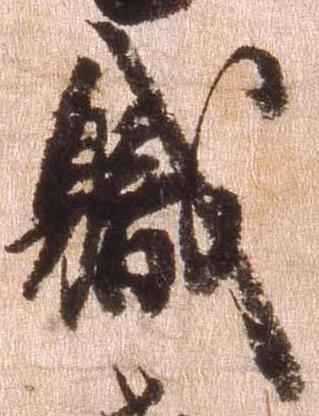
職